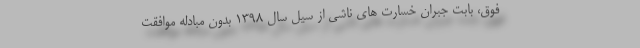
فوق، بابت جبران خسارت های ناشی از سیل سال ۱۳۹۸ بدون مبادله موافقت